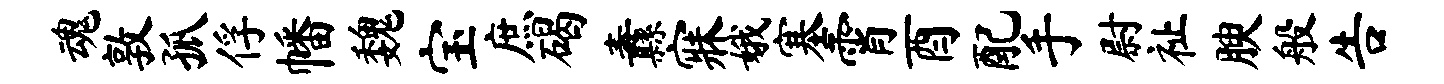
魂敦孤俘幡魏宝庶碣纛寐娥塞霄酉配手尉祉腴般告